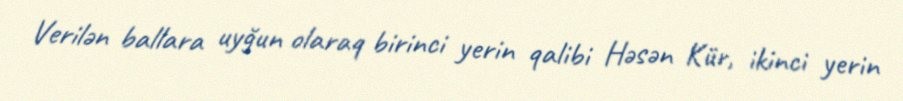
Verilən ballara uyğun olaraq birinci yerin qalibi Həsən Kür, ikinci yerin